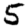
Digit: 5